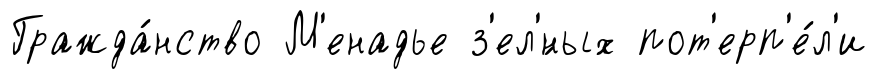
Гражда́нство М'енадье з'ел'́ных пот'ерп'е́л'и